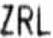
ZRL